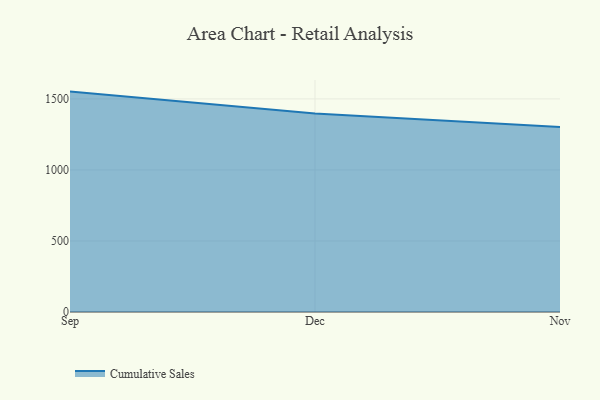
{"axis": {"x": "Month", "y": "Population (Million)"}, "legend": ["Cumulative Sales"], "data": [{"x": "Sep", "y": 1551.5, "type": "Cumulative Sales"}, {"x": "Dec", "y": 1397.6, "type": "Cumulative Sales"}, {"x": "Nov", "y": 1301.5, "type": "Cumulative Sales"}]}